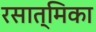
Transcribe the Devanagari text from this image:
रसात्मिका